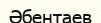
Әбентаев